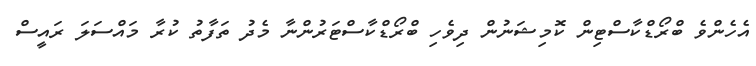
އެހެންވެ ބްރޯޑްކާސްޓިން ކޮމިޝަނުން ދިވެހި ބްރޯޑްކާސްޓަރުންނާ މެދު ތަފާތު ކުރާ މައްސަލަ ރައީސް